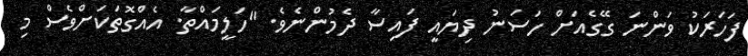
ފަހަރަކު ވަންނަ ގޭގެއަށް ހަސަނު ދިޔައީ ފައިސާ ދެމުންނެވެ. "ހަލީމައްތާ. އެއްގޮތަކަށްވެސް މި